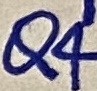
Text: Q4